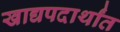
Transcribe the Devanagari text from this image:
खाद्यपदार्थांत